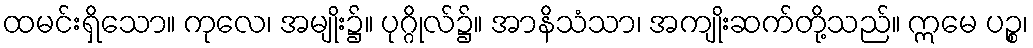
ထမင်းရှိသော။ ကုလေ၊ အမျိုး၌။ ပုဂ္ဂိုလ်၌။ အာနိသံသာ၊ အကျိုးဆက်တို့သည်။ ဣမေ ပဉ္စ၊